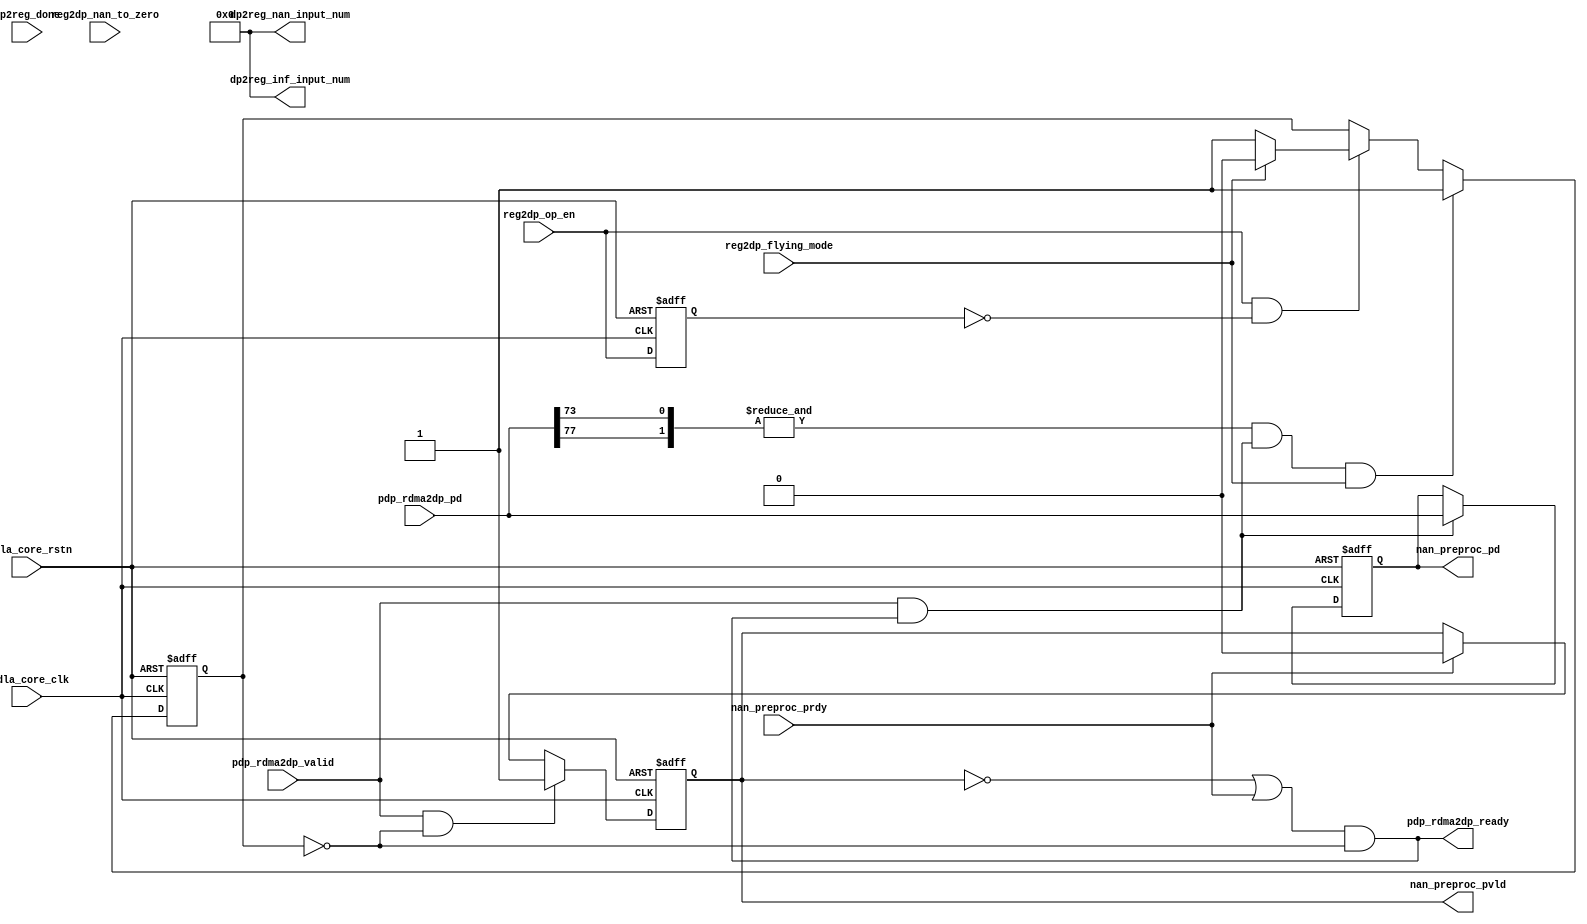
// ================================================================
// NVDLA Open Source Project
//
// Copyright(c) 2016 - 2017 NVIDIA Corporation. Licensed under the
// NVDLA Open Hardware License; Check "LICENSE" which comes with
// this distribution for more information.
// ================================================================
// ================================================================
// NVDLA Open Source Project
// 
// Copyright(c) 2016 - 2017 NVIDIA Corporation.  Licensed under the
// NVDLA Open Hardware License; Check "LICENSE" which comes with 
// this distribution for more information.
// ================================================================
/////////////////////////////////////////////////////////////
/////////////////////////////////////////////////////////////
//#ifdef NVDLA_FEATURE_DATA_TYPE_INT8
//#if ( NVDLA_PDP_THROUGHPUT  ==  8 )
//    #define LARGE_FIFO_RAM
//#endif
//#if ( NVDLA_PDP_THROUGHPUT == 1 )
//    #define SMALL_FIFO_RAM
//#endif
//#endif
module NV_NVDLA_PDP_nan (
   nvdla_core_clk
  ,nvdla_core_rstn
  ,dp2reg_done
  ,nan_preproc_prdy
  ,pdp_rdma2dp_pd
  ,pdp_rdma2dp_valid
  ,reg2dp_flying_mode
// ,reg2dp_input_data
  ,reg2dp_nan_to_zero
  ,reg2dp_op_en
  ,dp2reg_inf_input_num
  ,dp2reg_nan_input_num
  ,nan_preproc_pd
  ,nan_preproc_pvld
  ,pdp_rdma2dp_ready
  );
///////////////////////////////////////////////////////////////////
input nvdla_core_clk;
input nvdla_core_rstn;
input dp2reg_done;
input nan_preproc_prdy;
input [8*8 +13:0] pdp_rdma2dp_pd;
input pdp_rdma2dp_valid;
input reg2dp_flying_mode;
//input [1:0] reg2dp_input_data;
input reg2dp_nan_to_zero;
input reg2dp_op_en;
output [31:0] dp2reg_inf_input_num;
output [31:0] dp2reg_nan_input_num;
output [8*8 +13:0] nan_preproc_pd;
output nan_preproc_pvld;
output pdp_rdma2dp_ready;
///////////////////////////////////////////////////////////////////
reg [8*8 +13:0] datin_d;
reg cube_end_d1;
//reg [11:0] datin_info_d;
reg din_pvld_d1;
wire [31:0] dp2reg_inf_input_num=0;
wire [31:0] dp2reg_nan_input_num=0;
//reg [31:0] inf_in_count;
//reg [31:0] inf_in_num0;
//reg [31:0] inf_in_num1;
//reg [2:0] inf_num_in_8byte_d1;
reg layer_flag;
//reg mon_inf_in_count;
//reg mon_nan_in_count;
//reg [31:0] nan_in_count;
//reg [31:0] nan_in_num0;
//reg [31:0] nan_in_num1;
//reg [2:0] nan_num_in_8byte_d1;
//reg [15:0] nan_preproc_pd0;
//reg [15:0] nan_preproc_pd1;
//reg [15:0] nan_preproc_pd2;
//reg [15:0] nan_preproc_pd3;
reg op_en_d1;
reg waiting_for_op_en;
reg wdma_layer_flag;
wire cube_end;
//wire [3:0] dat_is_inf;
//wire [3:0] dat_is_nan;
wire din_prdy_d1;
//wire fp16_en;
//wire [15:0] fp16_in_pd_0;
//wire [15:0] fp16_in_pd_1;
//wire [15:0] fp16_in_pd_2;
//wire [15:0] fp16_in_pd_3;
//wire [2:0] inf_num_in_8byte;
//wire [1:0] inf_num_in_8byte_0;
//wire [1:0] inf_num_in_8byte_1;
wire layer_end;
wire load_din;
wire load_din_d1;
//wire [2:0] nan_num_in_8byte;
//wire [1:0] nan_num_in_8byte_0;
//wire [1:0] nan_num_in_8byte_1;
wire onfly_en;
wire op_en_load;
wire pdp_rdma2dp_ready_f;
//wire tozero_en;
wire wdma_done;
//==========================================
//DP input side
//==========================================
//----------------------------------------
assign pdp_rdma2dp_ready = pdp_rdma2dp_ready_f;
assign pdp_rdma2dp_ready_f = (~din_pvld_d1 | din_prdy_d1) & (~waiting_for_op_en);
assign load_din = pdp_rdma2dp_valid & pdp_rdma2dp_ready_f;
//----------------------------------------
// assign tozero_en = reg2dp_nan_to_zero == 1'h1 ;
// assign fp16_en = (reg2dp_input_data[1:0]== 2'h2 );
assign onfly_en = (reg2dp_flying_mode == 1'h0 );
//----------------------------------------
// assign fp16_in_pd_0 = pdp_rdma2dp_pd[15:0] ;
// assign fp16_in_pd_1 = pdp_rdma2dp_pd[31:16] ;
// assign fp16_in_pd_2 = pdp_rdma2dp_pd[47:32] ;
// assign fp16_in_pd_3 = pdp_rdma2dp_pd[63:48] ;
//
// assign dat_is_nan[0] = fp16_en & (&fp16_in_pd_0[14:10]) & (|fp16_in_pd_0[9:0]);
// assign dat_is_nan[1] = fp16_en & (&fp16_in_pd_1[14:10]) & (|fp16_in_pd_1[9:0]);
// assign dat_is_nan[2] = fp16_en & (&fp16_in_pd_2[14:10]) & (|fp16_in_pd_2[9:0]);
// assign dat_is_nan[3] = fp16_en & (&fp16_in_pd_3[14:10]) & (|fp16_in_pd_3[9:0]);
//
// assign dat_is_inf[0] = fp16_en & (&fp16_in_pd_0[14:10]) & (~(|fp16_in_pd_0[9:0]));
// assign dat_is_inf[1] = fp16_en & (&fp16_in_pd_1[14:10]) & (~(|fp16_in_pd_1[9:0]));
// assign dat_is_inf[2] = fp16_en & (&fp16_in_pd_2[14:10]) & (~(|fp16_in_pd_2[9:0]));
// assign dat_is_inf[3] = fp16_en & (&fp16_in_pd_3[14:10]) & (~(|fp16_in_pd_3[9:0]));
//////////////////////////////////////////////////////////////////////
//waiting for op_en
//////////////////////////////////////////////////////////////////////
always @(posedge nvdla_core_clk or negedge nvdla_core_rstn) begin
  if (!nvdla_core_rstn) begin
    op_en_d1 <= 1'b0;
  end else begin
  op_en_d1 <= reg2dp_op_en;
  end
end
assign op_en_load = reg2dp_op_en & (~op_en_d1);
assign layer_end = &{pdp_rdma2dp_pd[8*8 +13],pdp_rdma2dp_pd[8*8 +9]} & load_din;
always @(posedge nvdla_core_clk or negedge nvdla_core_rstn) begin
  if (!nvdla_core_rstn) begin
    waiting_for_op_en <= 1'b1;
  end else begin
    if(layer_end & (~onfly_en))
        waiting_for_op_en <= 1'b1;
    else if(op_en_load) begin
        if(onfly_en)
            waiting_for_op_en <= 1'b1;
        else if(~onfly_en)
            waiting_for_op_en <= 1'b0;
    end
  end
end
//VCS coverage off
`ifndef DISABLE_FUNCPOINT
  `ifdef ENABLE_FUNCPOINT
    reg funcpoint_cover_off;
    initial begin
        if ( $test$plusargs( "cover_off" ) ) begin
            funcpoint_cover_off = 1'b1;
        end else begin
            funcpoint_cover_off = 1'b0;
        end
    end
    property RDMA_NewLayer_out_req_And_core_CurLayer_not_finish__0_cov;
        disable iff((nvdla_core_rstn !== 1) || funcpoint_cover_off)
        @(posedge nvdla_core_clk)
        waiting_for_op_en & (~pdp_rdma2dp_ready_f) & pdp_rdma2dp_valid;
    endproperty
// Cover 0 : "waiting_for_op_en & (~pdp_rdma2dp_ready_f) & pdp_rdma2dp_valid"
    FUNCPOINT_RDMA_NewLayer_out_req_And_core_CurLayer_not_finish__0_COV : cover property (RDMA_NewLayer_out_req_And_core_CurLayer_not_finish__0_cov);
  `endif
`endif
//VCS coverage on
/////////////////////////////////////
//NaN process mode control
/////////////////////////////////////
// always @(posedge nvdla_core_clk or negedge nvdla_core_rstn) begin
// if (!nvdla_core_rstn) begin
// nan_preproc_pd0 <= {16{1'b0}};
// nan_preproc_pd1 <= {16{1'b0}};
// nan_preproc_pd2 <= {16{1'b0}};
// nan_preproc_pd3 <= {16{1'b0}};
// datin_info_d <= {12{1'b0}};
// end else begin
// if(load_din) begin
// nan_preproc_pd0 <= (dat_is_nan[0] & tozero_en) ? 16'd0 : fp16_in_pd_0;
// nan_preproc_pd1 <= (dat_is_nan[1] & tozero_en) ? 16'd0 : fp16_in_pd_1;
// nan_preproc_pd2 <= (dat_is_nan[2] & tozero_en) ? 16'd0 : fp16_in_pd_2;
// nan_preproc_pd3 <= (dat_is_nan[3] & tozero_en) ? 16'd0 : fp16_in_pd_3;
// datin_info_d <= pdp_rdma2dp_pd[75:64];
// end
// end
// end
always @(posedge nvdla_core_clk or negedge nvdla_core_rstn) begin
  if (!nvdla_core_rstn) begin
    datin_d <= 0;
  end else begin
    if(load_din) begin
        datin_d <= pdp_rdma2dp_pd;
    end
  end
end
always @(posedge nvdla_core_clk or negedge nvdla_core_rstn) begin
  if (!nvdla_core_rstn) begin
    din_pvld_d1 <= 1'b0;
  end else begin
    if(pdp_rdma2dp_valid & (~waiting_for_op_en))
        din_pvld_d1 <= 1'b1;
    else if(din_prdy_d1)
        din_pvld_d1 <= 1'b0;
  end
end
assign din_prdy_d1 = nan_preproc_prdy;
//-------------output data -----------------
//assign nan_preproc_pd = {datin_info_d,nan_preproc_pd3,nan_preproc_pd2,nan_preproc_pd1,nan_preproc_pd0};
assign nan_preproc_pd = datin_d;
assign nan_preproc_pvld = din_pvld_d1;
//
// /////////////////////////////////////
// //input NaN element count
// /////////////////////////////////////
// assign cube_end = pdp_rdma2dp_pd[75];
//
// assign nan_num_in_8byte_0[1:0] = dat_is_nan[0] + dat_is_nan[1];
// assign nan_num_in_8byte_1[1:0] = dat_is_nan[2] + dat_is_nan[3];
// assign nan_num_in_8byte[2:0] = nan_num_in_8byte_0 + nan_num_in_8byte_1;
//
// always @(posedge nvdla_core_clk or negedge nvdla_core_rstn) begin
// if (!nvdla_core_rstn) begin
// cube_end_d1 <= 1'b0;
// end else begin
// if ((load_din) == 1'b1) begin
// cube_end_d1 <= cube_end;
// end
// end
// end
// always @(posedge nvdla_core_clk or negedge nvdla_core_rstn) begin
// if (!nvdla_core_rstn) begin
// nan_num_in_8byte_d1 <= {3{1'b0}};
// end else begin
// if ((load_din) == 1'b1) begin
// nan_num_in_8byte_d1 <= nan_num_in_8byte[2:0];
// end
// end
// end
// always @(posedge nvdla_core_clk or negedge nvdla_core_rstn) begin
// if (!nvdla_core_rstn) begin
// inf_num_in_8byte_d1 <= {3{1'b0}};
// end else begin
// if ((load_din) == 1'b1) begin
// inf_num_in_8byte_d1 <= inf_num_in_8byte[2:0];
// end
// end
// end
//
// assign load_din_d1 = din_pvld_d1 & din_prdy_d1;
// always @(posedge nvdla_core_clk or negedge nvdla_core_rstn) begin
// if (!nvdla_core_rstn) begin
// {mon_nan_in_count,nan_in_count[31:0]} <= {33{1'b0}};
// end else begin
// if(load_din_d1) begin
// if(cube_end_d1)
// {mon_nan_in_count,nan_in_count[31:0]} <= 33'd0;
// else
// {mon_nan_in_count,nan_in_count[31:0]} <= nan_in_count + nan_num_in_8byte_d1;
// end
// end
// end
//
// assign inf_num_in_8byte_0[1:0] = dat_is_inf[0] + dat_is_inf[1];
// assign inf_num_in_8byte_1[1:0] = dat_is_inf[2] + dat_is_inf[3];
// assign inf_num_in_8byte[2:0] = inf_num_in_8byte_0 + inf_num_in_8byte_1;
// always @(posedge nvdla_core_clk or negedge nvdla_core_rstn) begin
// if (!nvdla_core_rstn) begin
// {mon_inf_in_count,inf_in_count[31:0]} <= {33{1'b0}};
// end else begin
// if(load_din_d1) begin
// if(cube_end_d1)
// {mon_inf_in_count,inf_in_count[31:0]} <= 33'd0;
// else
// {mon_inf_in_count,inf_in_count[31:0]} <= inf_in_count + inf_num_in_8byte_d1;
// end
// end
// end
//
// always @(posedge nvdla_core_clk or negedge nvdla_core_rstn) begin
// if (!nvdla_core_rstn) begin
// layer_flag <= 1'b0;
// nan_in_num1 <= {32{1'b0}};
// inf_in_num1 <= {32{1'b0}};
// nan_in_num0 <= {32{1'b0}};
// inf_in_num0 <= {32{1'b0}};
// end else begin
// if(load_din_d1 & cube_end_d1) begin
// layer_flag <= ~layer_flag;
// if(layer_flag) begin
// nan_in_num1 <= nan_in_count;
// inf_in_num1 <= inf_in_count;
// end else begin
// nan_in_num0 <= nan_in_count;
// inf_in_num0 <= inf_in_count;
// end
// end
// end
// end
//
// //adding dp2reg_done to latch the num and output a sigle one for each
// assign wdma_done = dp2reg_done;
// always @(posedge nvdla_core_clk or negedge nvdla_core_rstn) begin
// if (!nvdla_core_rstn) begin
// wdma_layer_flag <= 1'b0;
// dp2reg_nan_input_num <= {32{1'b0}};
// dp2reg_inf_input_num <= {32{1'b0}};
// end else begin
// if(wdma_done) begin
// wdma_layer_flag <= ~wdma_layer_flag;
// if(wdma_layer_flag) begin
// dp2reg_nan_input_num <= nan_in_num1;
// dp2reg_inf_input_num <= inf_in_num1;
// end else begin
// dp2reg_nan_input_num <= nan_in_num0;
// dp2reg_inf_input_num <= inf_in_num0;
// end
// end
// end
// end
//==============
//function points
//==============
//VCS coverage off
`ifndef DISABLE_FUNCPOINT
  `ifdef ENABLE_FUNCPOINT
    property PDP_RDMA2CORE__rdma_layerDone_stall__1_cov;
        disable iff((nvdla_core_rstn !== 1) || funcpoint_cover_off)
        @(posedge nvdla_core_clk)
        waiting_for_op_en & (~pdp_rdma2dp_ready_f);
    endproperty
// Cover 1 : "waiting_for_op_en & (~pdp_rdma2dp_ready_f)"
    FUNCPOINT_PDP_RDMA2CORE__rdma_layerDone_stall__1_COV : cover property (PDP_RDMA2CORE__rdma_layerDone_stall__1_cov);
  `endif
`endif
//VCS coverage on
//////////////////////////////////////////////////////////////////////
endmodule // NV_NVDLA_PDP_nan